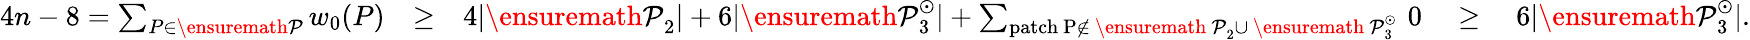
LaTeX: \begin{array}{rlr}{4n-8=\sum_{P\in{\ensuremath{\cal P}}}w_{0}(P)}&{\geq}&{4|{\ensuremath{\cal P}}_{2}|+6|{\ensuremath{\cal P}}_{3}^{\odot}|+\sum_{\mathrm{patch~P\not\in~{\ensuremath{\cal~P}}_2\cup~{\ensuremath{\cal~P}}_3^\odot~}}0\quad\geq\quad 6|{\ensuremath{\cal P}}_{3}^{\odot}|.}\end{array}